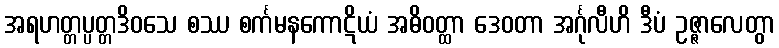
အရဟတ္တပ္ပတ္တဒိဝသေ စဿ စင်္ကမနကောဋိယံ အဓိဝတ္ထာ ဒေဝတာ အင်္ဂုလီဟိ ဒီပံ ဥဇ္ဇာလေတွာ